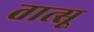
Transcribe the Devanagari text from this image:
तात्सू